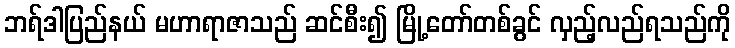
ဘရ်ဒါပြည်နယ် မဟာရာဇာသည် ဆင်စီး၍ မြို့တော်တစ်ခွင် လှည့်လည်ရသည်ကို